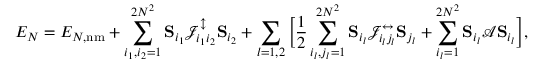
E _ { N } = E _ { N , \mathrm { n m } } + \sum _ { i _ { 1 } , i _ { 2 } = 1 } ^ { 2 N ^ { 2 } } { \bf S } _ { i _ { 1 } } \mathcal { J } _ { i _ { 1 } i _ { 2 } } ^ { \updownarrow } { \bf S } _ { i _ { 2 } } + \sum _ { l = 1 , 2 } \bigg [ \frac { 1 } { 2 } \sum _ { i _ { l } , j _ { l } = 1 } ^ { 2 N ^ { 2 } } { \bf S } _ { i _ { l } } \mathcal { J } _ { i _ { l } j _ { l } } ^ { \leftrightarrow } { \bf S } _ { j _ { l } } + \sum _ { i _ { l } = 1 } ^ { 2 N ^ { 2 } } { \bf S } _ { i _ { l } } \mathcal { A } { \bf S } _ { i _ { l } } \bigg ] ,